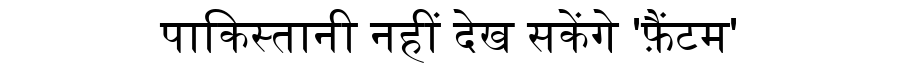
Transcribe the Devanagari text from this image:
पाकिस्तानी नहीं देख सकेंगे 'फ़ैंटम'